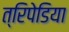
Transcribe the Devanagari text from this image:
त्रिपेडिया